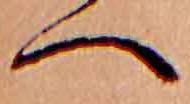
へ